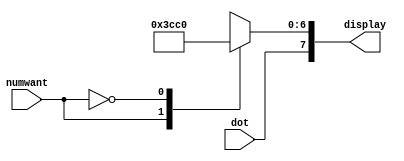
module MakeHEX1(
	input wire numwant, input wire dot,
	output reg [7:0] display
);

reg [6:0] segments;
always@(*) begin
		
		case(numwant)
			1'b1: segments = 7'b1111001; //1
			1'b0: segments = 7'b1000000;
			default: segments = 7'b1000000; //0
		endcase
		display = {dot, segments};
	end	

endmodule